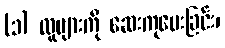
(၁) လူများကို ဆေးကုပေးခြင်း၊